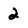
Character: 2